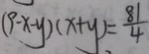
( 9 - x - y ) ( x + y ) = \frac { 8 1 } { 4 }